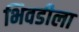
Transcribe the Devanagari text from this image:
भिवडीला